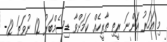
މި އަހަރު އަންނަ ރީތި ތާރީހެއް ކަމަށްވާ ޑިސެމްބަރު 12 ނުވަތަ 12-